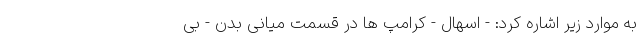
به موارد زیر اشاره کرد: - اسهال - کرامپ ها در قسمت میانی بدن - بی